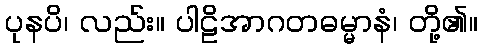
ပုနပိ၊ လည်း။ ပါဠိအာဂတဓမ္မာနံ၊ တို့၏။